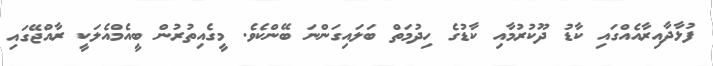
ފުޅާދާއިރާއެއްގައި ކާޑު ދޫކުރުމާއި ކާޑުގެ ހިދުމަތް ބަލައިގަންނަ ބޭންކެވެ. މީގެއިތުރުން ބީއެމްއެލަކީ ރާއްޖޭގައި